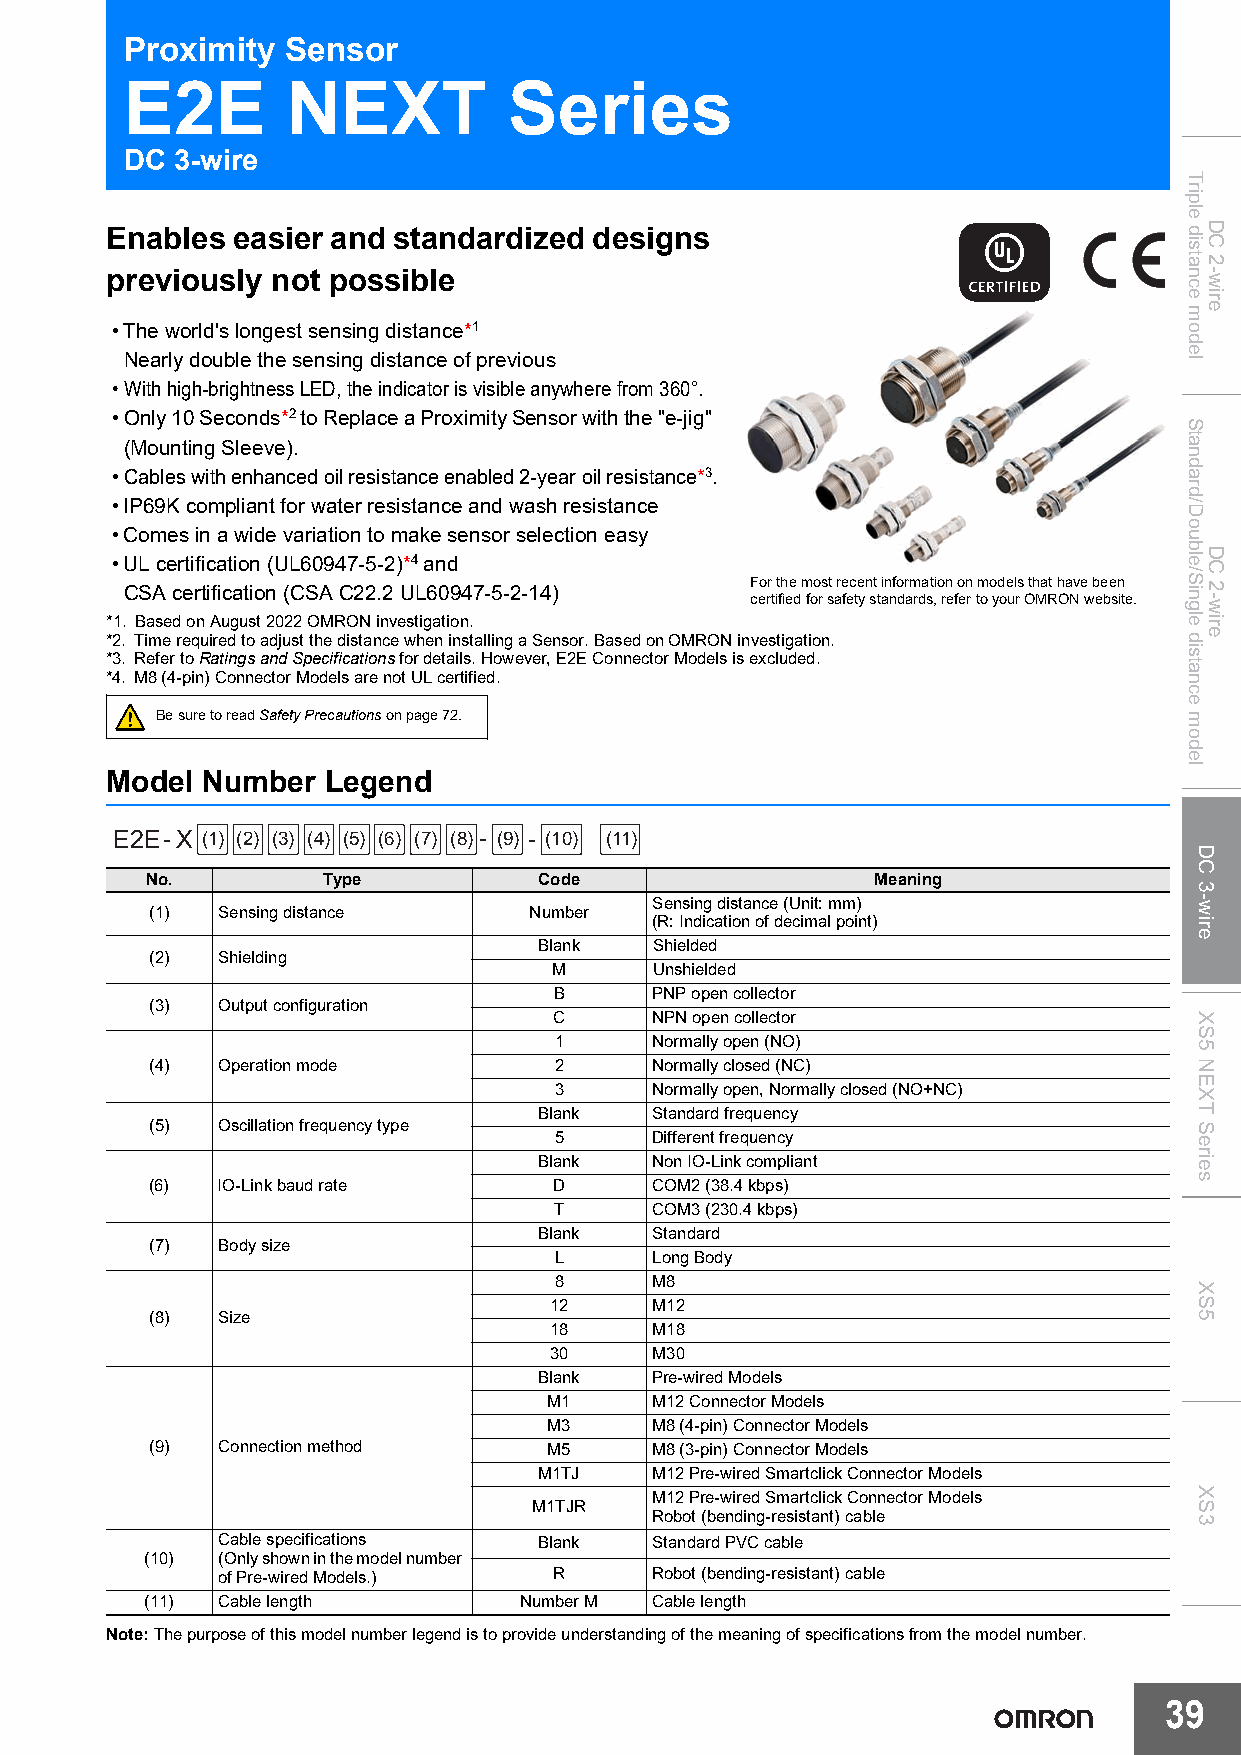
Proximity  Sensor
 E2E        NEXT           Series
 DC  3-wire
 Enables easier and standardized designs
 previously not possible
 •The world's longest sensing distance*1
 Nearly double the sensing distance of previous
 •With high-brightness LED, the indicator is visible anywhere from 360°.
 •Only 10 Seconds*2 to Replace a Proximity Sensor with the "e-jig"
 (Mounting Sleeve).
 •Cables with enhanced oil resistance enabled 2-year oil resistance*3.
 •IP69K compliant for water resistance and wash resistance
 •Comes in a wide variation to make sensor selection easy
 •UL certification (UL60947-5-2)*4 and
 For the most recent information on models that have been CSA certification (CSA C22.2 UL60947-5-2-14)
 certified for safety standards, refer to your OMRON website.
 *1. Based on August 2022 OMRON investigation.
 *2. Time required to adjust the distance when installing a Sensor. Based on OMRON investigation.
 *3. Refer to Ratings and Specifications for details. However, E2E Connector Models is excluded.
 *4. M8 (4-pin) Connector Models are not UL certified.
 Be sure to read Safety Precautions on page72.
 Model Number  Legend
 E2E-X (1) (2) (3) (4) (5) (6) (7) (8)- (9) - (10) (11)
 No.        Type           Code                  Meaning
 Sensing distance (Unit: mm)
 (1) Sensing distance     Number
 (R: Indication of decimal point)
 Blank  Shielded
 (2) Shielding
 M     Unshielded
 B     PNP open collector
 (3) Output configuration
 C     NPN open collector
 1     Normally open (NO)
 (4) Operation mode         2     Normally closed (NC)
 3     Normally open, Normally closed (NO+NC)
 Blank  Standard frequency
 (5) Oscillation frequency type
 5     Different frequency
 Blank  Non IO-Link compliant
 (6) IO-Link baud rate      D     COM2 (38.4 kbps)
 T     COM3 (230.4 kbps)
 Blank  Standard
 (7) Body size
 L     Long Body
 8     M8
 12     M12
 (8) Size
 18     M18
 30     M30
 Blank  Pre-wired Models
 M1     M12 Connector Models
 M3     M8 (4-pin) Connector Models
 (9) Connection method     M5     M8 (3-pin) Connector Models
 M1TJ   M12 Pre-wired Smartclick Connector Models
 M12 Pre-wired Smartclick Connector Models
 M1TJR
 Robot (bending-resistant) cable
 Cable specifications  Blank  Standard PVC cable
 (10) (Only shown in the model number
 of Pre-wired Models.)  R     Robot (bending-resistant) cable
 (11) Cable length       Number M Cable length
 Note:The purpose of this model number legend is to provide understanding of the meaning of specifications from the model number.
 39
 Triple
 distance
 model
 Standard/Double/Single
 distance
 model
 DC
 3-wire
 XS5
 NEXT
 Series
 XS5
 XS3
 DC
 2-wire
 DC
 2-wire